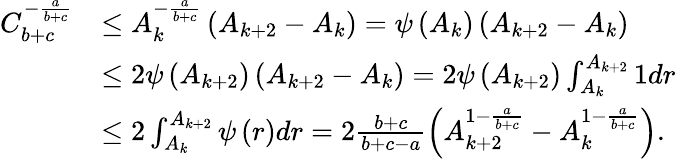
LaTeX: \begin{array}{rl}{C_{b+c}^{-\frac{a}{b+c}}}&{\leq A_{k}^{-\frac{a}{b+c}}\left(A_{k+2}-A_{k}\right)=\psi\left(A_{k}\right)\left(A_{k+2}-A_{k}\right)}\\ &{\leq 2\psi\left(A_{k+2}\right)\left(A_{k+2}-A_{k}\right)=2\psi\left(A_{k+2}\right)\int_{A_{k}}^{A_{k+2}}1dr}\\ &{\leq 2\int_{A_{k}}^{A_{k+2}}\psi\left(r\right)dr=2\frac{b+c}{b+c-a}\left(A_{k+2}^{1-\frac{a}{b+c}}-A_{k}^{1-\frac{a}{b+c}}\right).}\end{array}